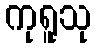
ကုရူသု